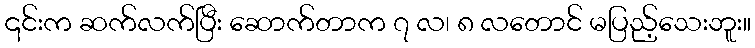
၎င်းက ဆက်လက်ပြီး ဆောက်တာက ၇ လ၊ ၈ လတောင် မပြည့်သေးဘူး။